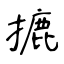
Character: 摝